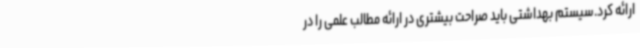
ارائه کرد.سیستم بهداشتی باید صراحت بیشتری در ارائه مطالب علمی را در